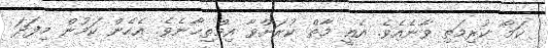
ކަމާ ކުރިމަތި ވާނެއެވެ. އެއީ މާތް ކުރަށްވާ އިމްތިޙާނެވެ. އެހެން ކަމުން މިފަދަ